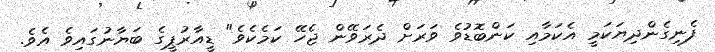
ފެނިގެންދިޔަކަމީ އެކަމާއި ކަންބޮޑުވެ ވަރަށް ދެރަވޭން ޖެހޭ ކަމެކެވެ" ޑީއާރުޕީގެ ބަޔާނުގައިވެ އެވެ.